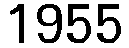
1955